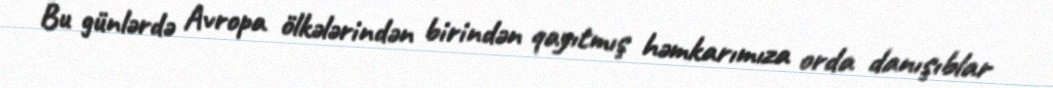
Bu günlərdə Avropa ölkələrindən birindən qayıtmış həmkarımıza orda danışıblar